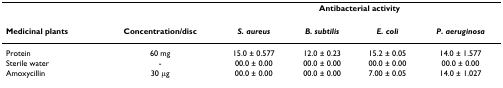
<table><thead><tr><td></td><td></td><td colspan="4"><b>Antibacterial activity</b></td></tr><tr><td><b>Medicinal plants</b></td><td><b>Concentration/disc</b></td><td><b><i>S. aureus</i></b></td><td><b><i>B. subtilis</i></b></td><td><b><i>E. coli</i></b></td><td><b><i>P. aeruginosa</i></b></td></tr></thead><tbody><tr><td>Protein</td><td>60 mg</td><td>15.0 ± 0.577</td><td>12.0 ± 0.23</td><td>15.2 ± 0.05</td><td>14.0 ± 1.577</td></tr><tr><td>Sterile water</td><td>-</td><td>00.0 ± 0.00</td><td>00.0 ± 0.00</td><td>00.0 ± 0.00</td><td>00.0 ± 0.00</td></tr><tr><td>Amoxycillin</td><td>30 μg</td><td>00.0 ± 0.00</td><td>00.0 ± 0.00</td><td>7.00 ± 0.05</td><td>14.0 ± 1.027</td></tr></tbody></table>